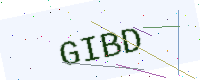
Text: GIBD